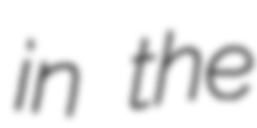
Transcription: in the